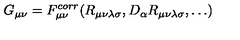
G _ { \mu \nu } = F _ { \mu \nu } ^ { c o r r } ( R _ { \mu \nu \lambda \sigma } , D _ { \alpha } R _ { \mu \nu \lambda \sigma } , \dots )